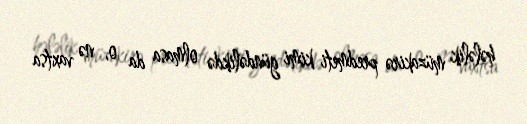
hələlik müzakirə predmeti kimi gündəlikdə olmasa da o, nə vaxtsa